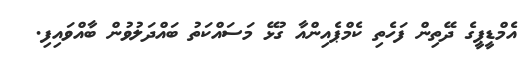
އެމްޑީޕީގެ ދޭތިން ފަހެތި ކެމްޕެއިންއާ ގުޅޭ މަސައްކަތު ބައްދަލުވުން ބާއްވައިފި.